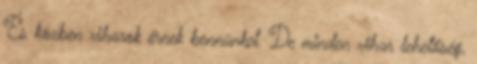
És közben viharok érnek bennünket. De minden vihar lehetőség,